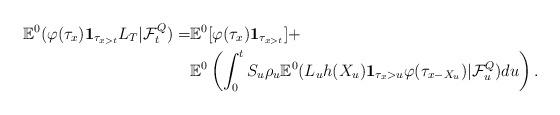
LaTeX: \begin{align*}\mathbb{E}^{0}(\varphi(\tau_{x}){\bf 1}_{\tau_{x>t}}L_{T}|\mathcal{F}_{t}^{Q})= & \mathbb{E}^{0}[\varphi(\tau_{x}){\bf 1}_{\tau_{x>t}}] +\\ & \mathbb{E}^{0}\left(\int_{0}^{t}S_{u}\rho_{u}\mathbb{E}^{0}(L_u h(X_{u}){\bf 1}_{\tau_{x}> u}\varphi(\tau_{x-X_u})|\mathcal{F}_u^Q)du \right).\end{align*}